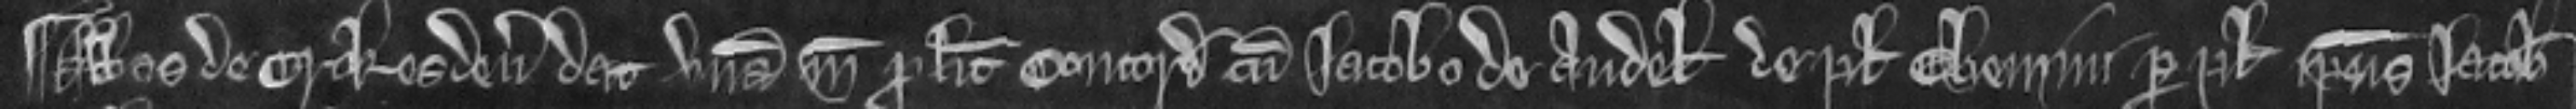
¶ Abbas de Crokesden dat unam marcam pro licencia concordandi cum Jacobo de Audel de placito chemini per plegium ipsius Jacobi.